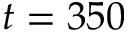
t = 3 5 0